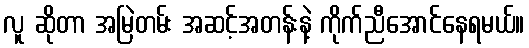
လူ ဆိုတာ အမြဲတမ်း အဆင့်အတန်းနဲ့ ကိုက်ညီအောင်နေရမယ်။